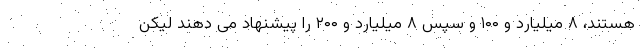
هستند، ۸ میلیارد و ۱۰۰ و سپس ۸ میلیارد و ۲۰۰ را پیشنهاد می دهند لیکن